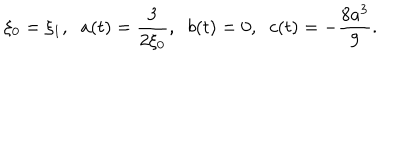
LaTeX: \xi _ { 0 } = \xi _ { 1 } , \; \; a ( t ) = \frac { 3 } { 2 \xi _ { 0 } } , \; \; b ( t ) = 0 , \; \; c ( t ) = - \frac { 8 a ^ { 3 } } { 9 } .